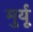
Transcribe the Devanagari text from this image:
मुर्यू